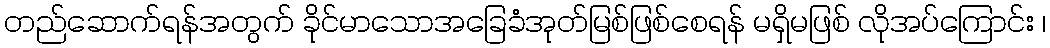
တည်ဆောက်ရန်အတွက် ခိုင်မာသောအခြေခံအုတ်မြစ်ဖြစ်စေရန် မရှိမဖြစ် လိုအပ်ကြောင်း ၊